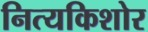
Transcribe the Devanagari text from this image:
नित्यकिशोर